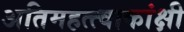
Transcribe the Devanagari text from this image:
अतिमहत्त्वाकांक्षी